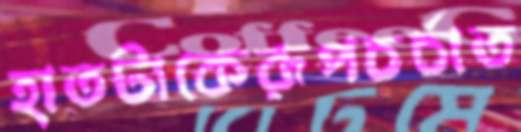
হাতটাকেরূপচর্চাত